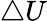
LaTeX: \bigtriangleup U